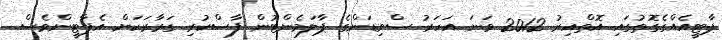
ޕާޓީއެއްގެގޮތުގައި އޮތްއިރު 2012 ވަނަ އަހަރު ސްވިޑަންގެ ޕާލަމެންޓުން ފާސްކުރި ގަރާރަކަށް އެޕާޓީންވެސް